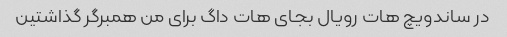
در ساندویچ هات رویال بجای هات داگ برای من همبرگر گذاشتین